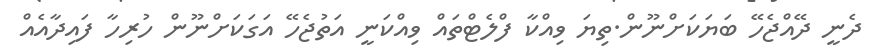
ދެނީ ދޭއްޖެހޭ ބަޔަކަށްނޫން.ތިޔަ ވިއްކާ ފްލެޓްތައް ވިއްކަނީ އަތުޖެހޭ އަގަކަށްނޫން ހުރިހާ ފައިދާއެއް